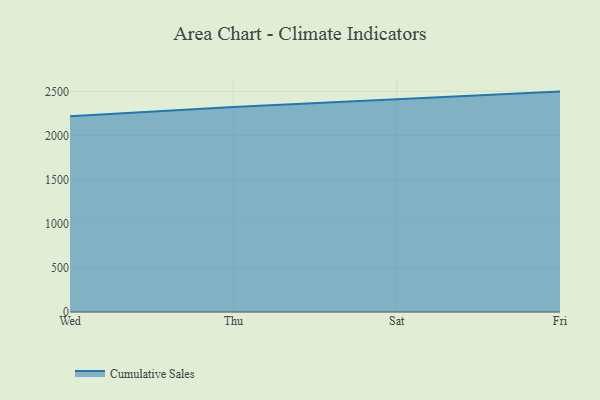
{"axis": {"x": "Day", "y": "Tickets Resolved"}, "legend": ["Cumulative Sales"], "data": [{"x": "Wed", "y": 2218.9, "type": "Cumulative Sales"}, {"x": "Thu", "y": 2322.4, "type": "Cumulative Sales"}, {"x": "Sat", "y": 2409.9, "type": "Cumulative Sales"}, {"x": "Fri", "y": 2497.6, "type": "Cumulative Sales"}]}